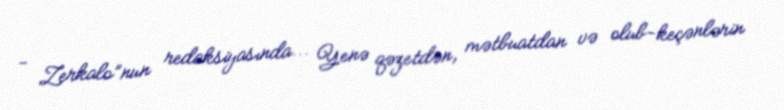
- Zerkalo”nun redaksiyasında... Yenə qəzetdən, mətbuatdan və olub-keçənlərin